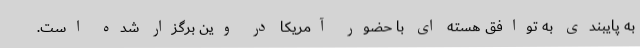
به پایبندی به توافق هسته ای با حضور آمریکا در وین برگزار شده است.